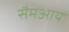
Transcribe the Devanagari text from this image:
सैमआय